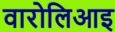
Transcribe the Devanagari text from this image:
वारोलिआइ